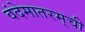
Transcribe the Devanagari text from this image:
वंदेमातरम्‌ची